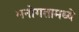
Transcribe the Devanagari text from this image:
मनोगतामध्ये